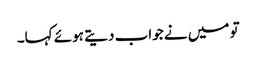
تو میں نے جواب دیتے ہوئے کہا۔